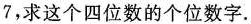
7，求这个四位数的个位数字.